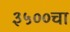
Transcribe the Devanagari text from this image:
३५००चा